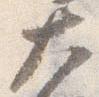
大